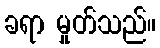
ခရာ မှုတ်သည်။